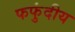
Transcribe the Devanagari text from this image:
फफुंदीय